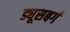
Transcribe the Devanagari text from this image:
ड्यूसबर्ग